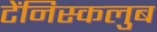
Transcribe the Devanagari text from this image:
टेंनिस्कलुब